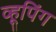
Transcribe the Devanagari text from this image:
व्हूपिंग